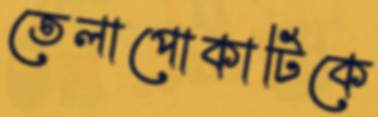
তেলাপোকাটিকে